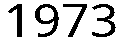
1973